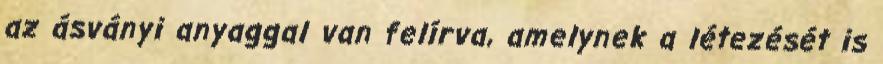
az ásványi anyaggal van felírva, amelynek a létezését is